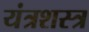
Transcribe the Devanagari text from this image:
यंत्रशस्त्र